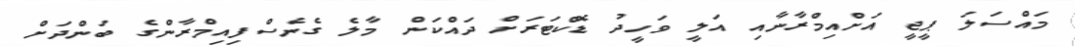
މައްސަލަ ޕީޖީ އަށްއިމްރާނާއި އަލީ ވަހީދު ޑޮކްޓަރަށް ދައްކަން މާލެ ގެނެސްފިއިމްރާންގެ ބަންދަށް